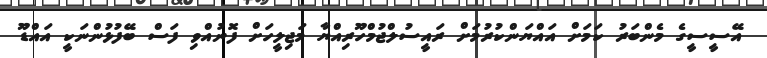
އޭސީސީގެ މެންބަރު ކަމަށް އައްޔަންކުރުމަށް ރައީސުލްޖުމްހޫރިއްޔާ މަޖިލީހަށް ފޮނުއްވި ފަސް ބޭފުޅުންނަކީ އައްޑޫ